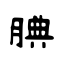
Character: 腆